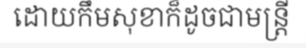
ដោយកឹមសុខាក៏ដូចជាមន្ត្រី